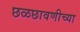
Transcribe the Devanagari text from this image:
छळछावणीच्या